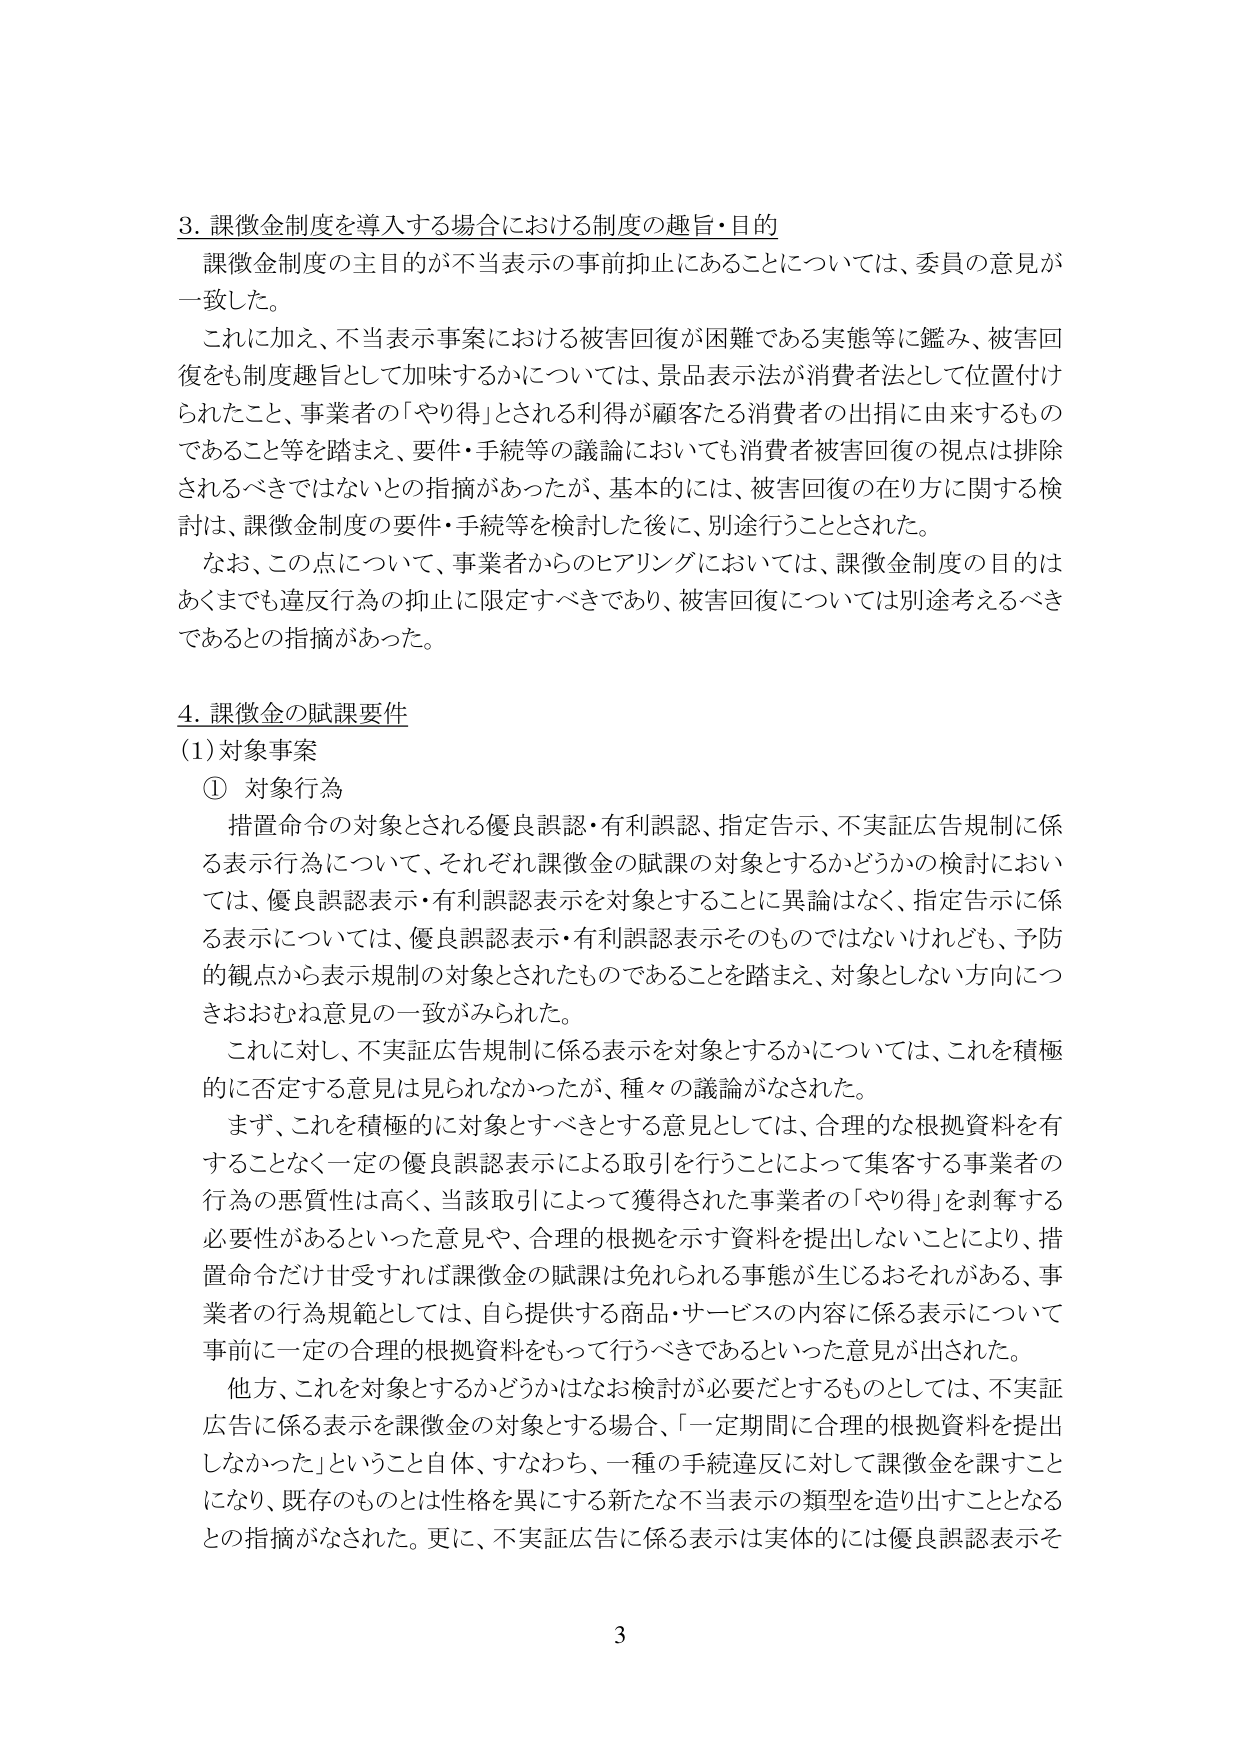
3. 課徴金制度を導入する場合における制度の趣旨・目的
課徴金制度の主目的が不当表示の事前抑止にあることについては、委員の意見が一致した。
これに加え、不当表示事案における被害回復が困難である実態等に鑑み、被害回復をも制度趣旨として加味するかについては、景品表示法が消費者法として位置付けられたこと、事業者の「やり得」とされる利得が顧客たる消費者の出捐に由来するものであること等を踏まえ、要件・手続等の議論においても消費者被害回復の視点は排除されるべきではないとの指摘があったが、基本的には、被害回復の在り方に関する検討は、課徴金制度の要件・手続等を検討した後に、別途行うこととされた。
なお、この点について、事業者からのヒアリングにおいては、課徴金制度の目的はあくまでも違反行為の抑止に限定すべきであり、被害回復については別途考えるべきであるとの指摘があった。

4. 課徴金の賦課要件
(1) 対象事案
① 対象行為
措置命令の対象とされる優良誤認・有利誤認、指定告示、不実証広告規制に係る表示行為について、それぞれ課徴金の賦課の対象とするかどうかの検討においては、優良誤認表示・有利誤認表示を対象とすることに異論はなく、指定告示に係る表示については、優良誤認表示・有利誤認表示そのものではないけれども、予防的観点から表示規制の対象とされたものであることを踏まえ、対象としない方向につきおおむね意見の一致がみられた。
これに対し、不実証広告規制に係る表示を対象とするかについては、これを積極的に否定する意見は見られなかったが、種々の議論がなされた。
まず、これを積極的に対象とすべきとする意見としては、合理的な根拠資料を有することなく一定の優良誤認表示による取引を行うことによって集客する事業者の行為の悪質性は高く、当該取引によって獲得された事業者の「やり得」を剥奪する必要性があるといった意見や、合理的根拠を示す資料を提出しないことにより、措置命令だけ甘受すれば課徴金の賦課は免れられる事態が生じるおそれがある、事業者の行為規範としては、自ら提供する商品・サービスの内容に係る表示について事前に一定の合理的根拠資料をもって行うべきであるといった意見が出された。
他方、これを対象とするかどうかはなお検討が必要だとするものとしては、不実証広告に係る表示を課徴金の対象とする場合、「一定期間に合理的根拠資料を提出しなかった」ということ自体、すなわち、一種の手続違反に対して課徴金を課すことになり、既存のものとは性格を異にする新たな不当表示の類型を造り出すこととなるとの指摘がなされた。更に、不実証広告に係る表示は実体的には優良誤認表示そ

3